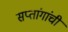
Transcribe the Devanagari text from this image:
सप्तांगांची